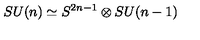
S U ( n ) \simeq S ^ { 2 n - 1 } \otimes S U ( n - 1 )